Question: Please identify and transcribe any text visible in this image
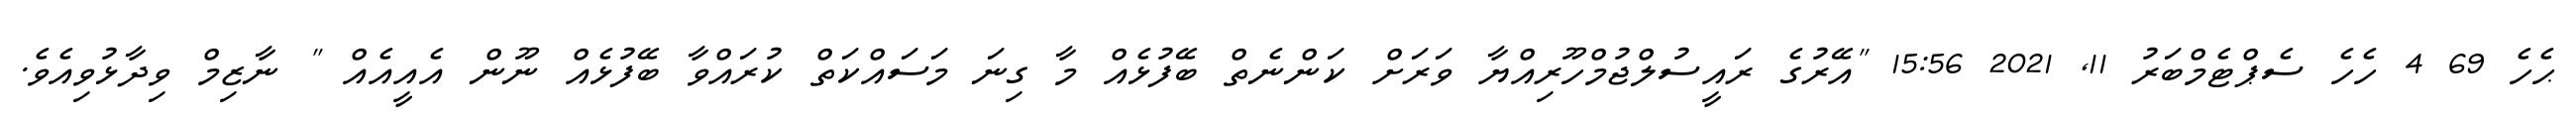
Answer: ޙެހެ 69 4 ހެހެ ސެޕްޓެމްބަރު 11, 2021 15:56 "އޭރުގެ ރައީސުލްޖުމްހޫރިއްޔާ ވަރަށް ކަންނެތް ބޭފުޅެއް މާ ގިނަ މަސައްކަތް ކުރައްވާ ބޭފުޅެއް ނޫން އެއީއެއް " ނާޒިމް ވިދާޅުވިއެވެ.